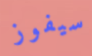
سيفوز